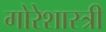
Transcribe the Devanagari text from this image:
गोरेशास्त्री